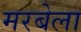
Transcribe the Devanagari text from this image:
मरबेला